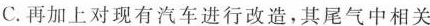
C.再加上对现有汽车进行改造，其尾气中相关